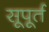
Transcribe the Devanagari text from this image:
सूपूर्त